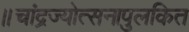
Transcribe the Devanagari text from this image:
॥चांद्रज्योत्सनापुलकित